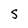
Character: S